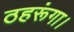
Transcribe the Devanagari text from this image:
ठहरूंगा।